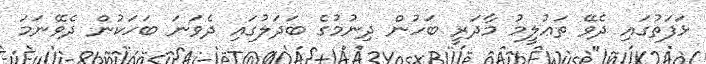
ޅަފަތުގައި ދެވޭ ތަޢުލީމު މާދަރީ ބަހުން ދިނުމުގެ ބަދަލުގައި ދެވަނަ ބަހަކުން ދެވޭނަމަ